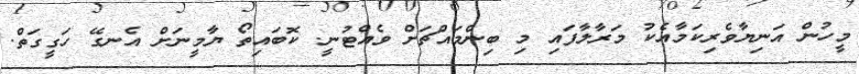
މީހުން އަނިޔާވެރިކަމާއެކު މަރާލާފައި މި ބިންމައްޗަށް ވެއްޓުނީ. ކޮބައިތޯ ޔާމީނަށް އެނގޭ ހަގީގަތް.